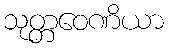
သုတ္တဝေဏိယာ